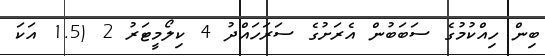
ބިން ހިއްކުމުގެ ސަބަބުން އެރަށުގެ ސަރަހައްދު 4 ކިލޯމީޓަރު 2 (1.5 އަކަ